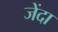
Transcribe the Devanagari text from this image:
जेंदा